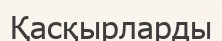
Қасқырларды